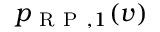
p _ { \mathrm { ~ R ~ P ~ } , 1 } ( v )